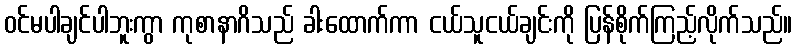
ဝင်မပါချင်ပါဘူးကွာ ကုစာနာဂိသည် ခါးထောက်ကာ ငယ်သူငယ်ချင်းကို ပြန်စိုက်ကြည့်လိုက်သည်။